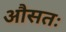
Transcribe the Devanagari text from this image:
औसतः